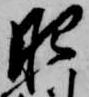
肥